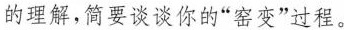
的理解，简要谈谈你的“窑变”过程。